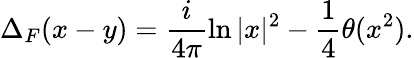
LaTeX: \Delta_{F}(x-y)=\frac{i}{4\pi}\ln|x|^{2}-\frac{1}{4}\theta(x^{2}).